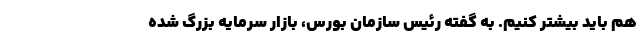
هم باید بیشتر کنیم. به گفته رئیس سازمان بورس، بازار سرمایه بزرگ شده